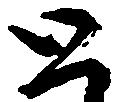
と